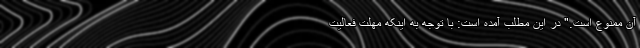
آن ممنوع است." در این مطلب آمده است: با توجه به اینکه مهلت فعالیت